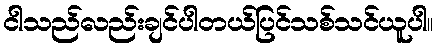
ငါသည်လည်းချင်ပါတယ်ပြင်သစ်သင်ယူပါ။